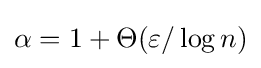
\alpha =1+\Theta (\varepsilon /\log n)